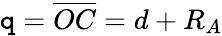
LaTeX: \mathtt{q}=\overline{{{OC}}}=d+R_{A}